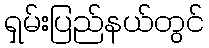
ရှမ်းပြည်နယ်တွင်